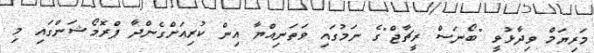
މަރިޔަމް ވިދާޅުވީ "ބޯނަސް ރީޗާޖް"ގެ ނަމުގައި ވަތަނިއްޔާ އިން ކުރިއަށްގެންދާ ޕްރޮމޯޝަންގައި މި